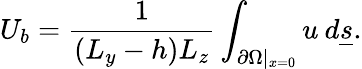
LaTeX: U_{b}=\frac{1}{(L_{y}-h)L_{z}}\int_{\partial\Omega|_{x=0}}u\: d\underline{{s}}.